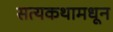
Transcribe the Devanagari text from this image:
सत्यकथामधून